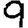
Digit: 9